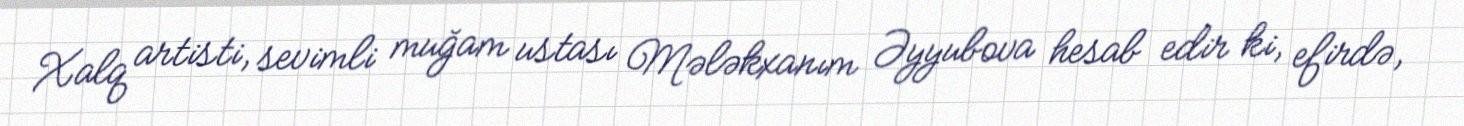
Xalq artisti, sevimli muğam ustası Mələkxanım Əyyubova hesab edir ki, efirdə,